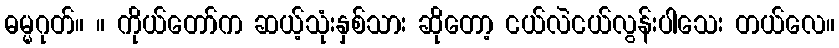
ဓမ္မဂုတ်။ ။ ကိုယ်တော်က ဆယ့်သုံးနှစ်သား ဆိုတော့ ငယ်လဲငယ်လွန်းပါသေး တယ်လေ။